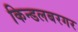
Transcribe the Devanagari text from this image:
किन्डलबरगर